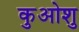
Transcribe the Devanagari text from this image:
कुओशु